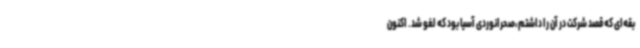
بقه‌ای که قصد شرکت در آن را داشتم،صحرانوردی آسیا بود که لغو شد. اکنون